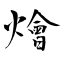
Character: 燴